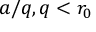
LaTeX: a / q , q < r _ { 0 }